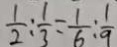
\frac { 1 } { 2 } : \frac { 1 } { 3 } = \frac { 1 } { 6 } : \frac { 1 } { 9 }